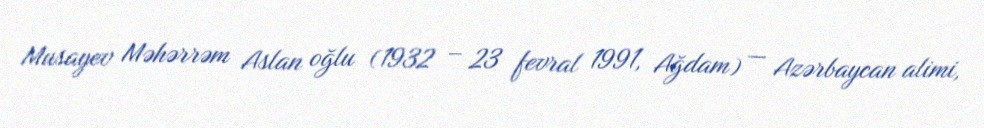
Musayev Məhərrəm Aslan oğlu (1932 – 23 fevral 1991, Ağdam) — Azərbaycan alimi,